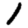
Digit: 1